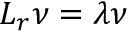
L _ { r } \nu = \lambda \nu